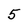
Character: 5